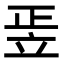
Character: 𥩠